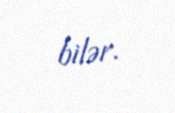
bilər.